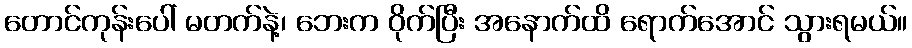
တောင်ကုန်းပေါ် မတက်နဲ့၊ ဘေးက ဝိုက်ပြီး အနောက်ထိ ရောက်အောင် သွားရမယ်။